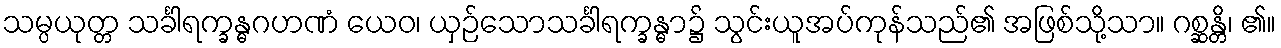
သမ္ပယုတ္တ သင်္ခါရက္ခန္ဓဂဟဏံ ယေဝ၊ ယှဉ်သောသင်္ခါရက္ခန္ဓာ၌ သွင်းယူအပ်ကုန်သည်၏ အဖြစ်သို့သာ။ ဂစ္ဆန္တိ၊ ၏။